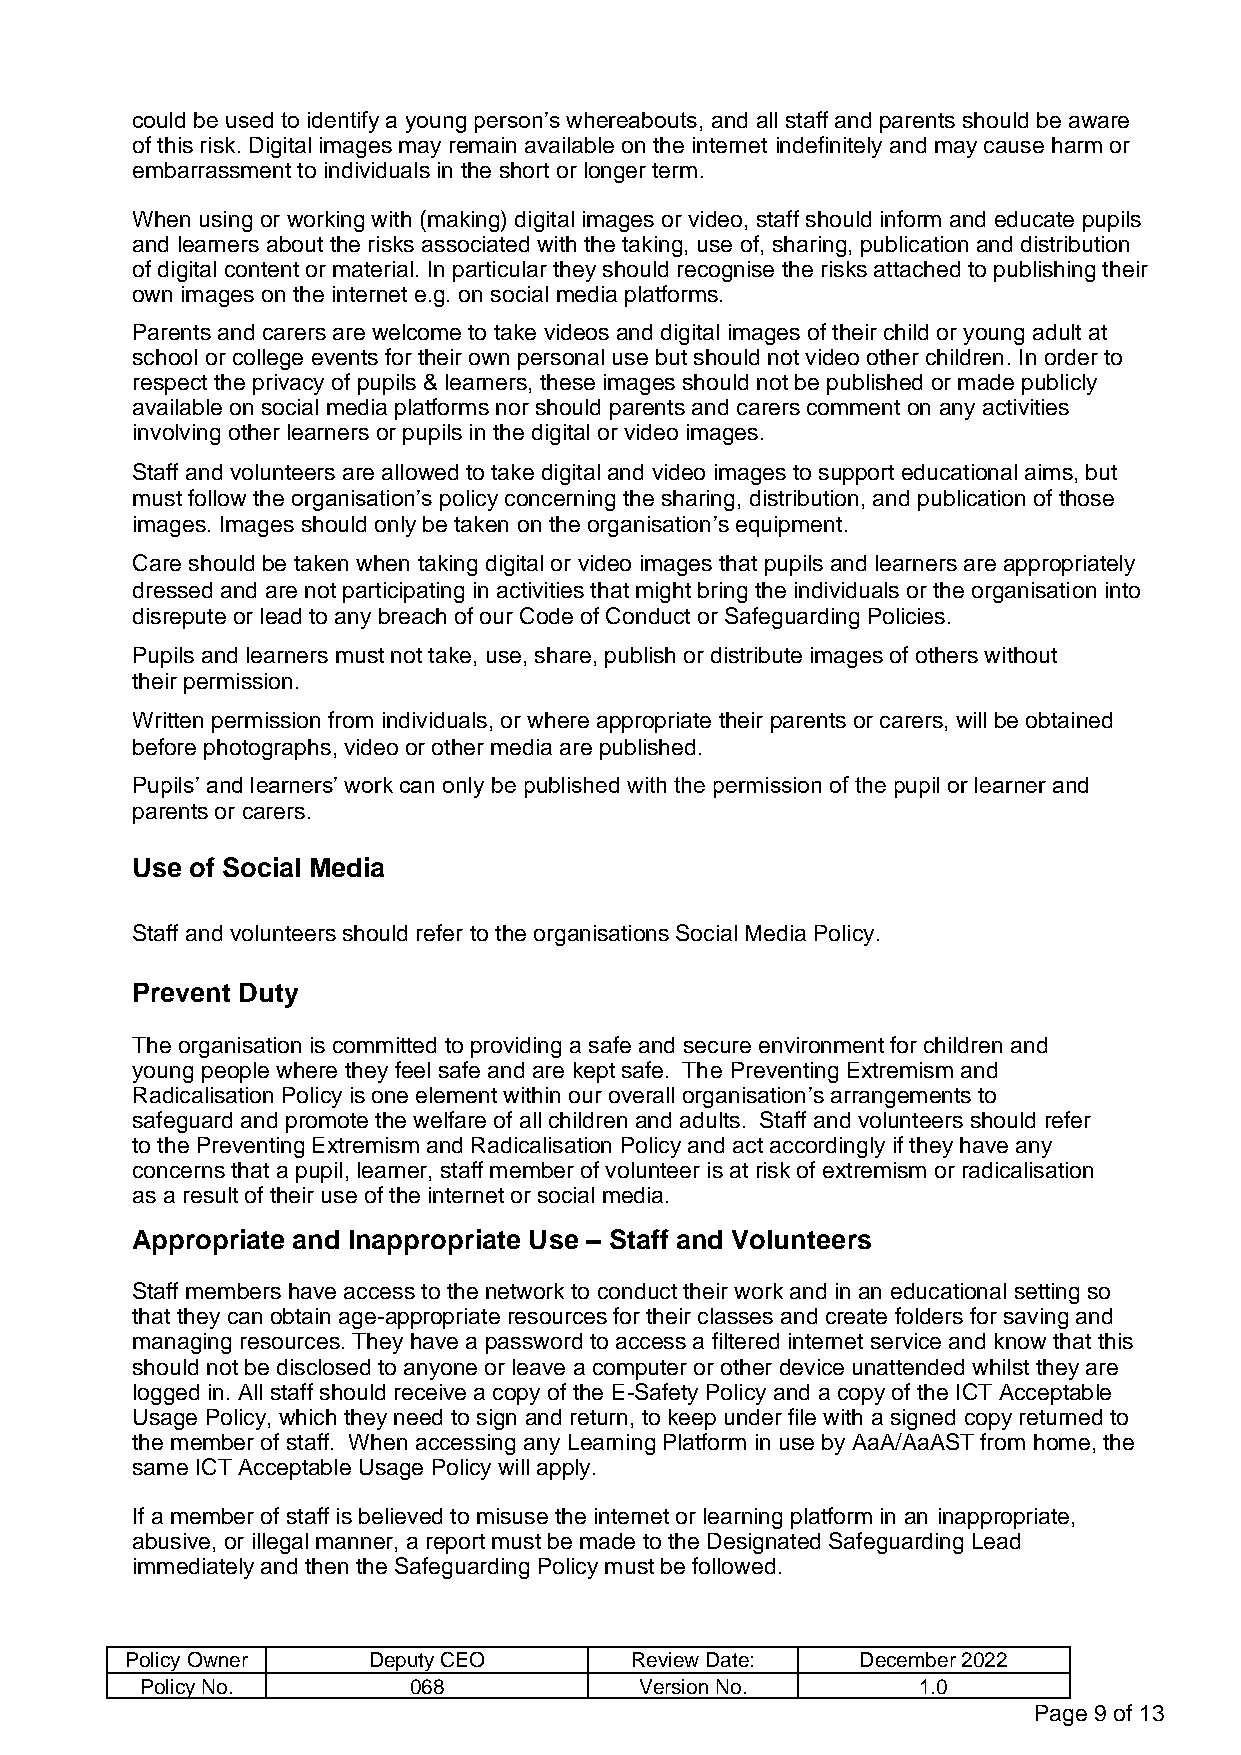
could be used to identify a young person’s whereabouts, and all staff and parents should be aware
 of this risk. Digital images may remain available on the internet indefinitely and may cause harm or
 embarrassment to individuals in the short or longer term.
 When using or working with (making) digital images or video, staff should inform and educate pupils
 and learners about the risks associated with the taking, use of, sharing, publication and distribution
 of digital content or material. In particular they should recognise the risks attached to publishing their
 own images on the internet e.g. on social media platforms.
 Parents and carers are welcome to take videos and digital images of their child or young adult at
 school or college events for their own personal use but should not video other children. In order to
 respect the privacy of pupils & learners, these images should not be published or made publicly
 available on social media platforms nor should parents and carers comment on any activities
 involving other learners or pupils in the digital or video images.
 Staff and volunteers are allowed to take digital and video images to support educational aims, but
 must follow the organisation’s policy concerning the sharing, distribution, and publication of those
 images. Images should only be taken on the organisation’s equipment.
 Care should be taken when taking digital or video images that pupils and learners are appropriately
 dressed and are not participating in activities that might bring the individuals or the organisation into
 disrepute or lead to any breach of our Code of Conduct or Safeguarding Policies.
 Pupils and learners must not take, use, share, publish or distribute images of others without
 their permission.
 Written permission from individuals, or where appropriate their parents or carers, will be obtained
 before photographs, video or other media are published.
 Pupils’ and learners’ work can only be published with the permission of the pupil or learner and
 parents or carers.
 Use of Social Media
 Staff and volunteers should refer to the organisations Social Media Policy.
 Prevent Duty
 The organisation is committed to providing a safe and secure environment for children and
 young people where they feel safe and are kept safe. The Preventing Extremism and
 Radicalisation Policy is one element within our overall organisation’s arrangements to
 safeguard and promote the welfare of all children and adults. Staff and volunteers should refer
 to the Preventing Extremism and Radicalisation Policy and act accordingly if they have any
 concerns that a pupil, learner, staff member of volunteer is at risk of extremism or radicalisation
 as a result of their use of the internet or social media.
 Appropriate and Inappropriate Use – Staff and Volunteers
 Staff members have access to the network to conduct their work and in an educational setting so
 that they can obtain age-appropriate resources for their classes and create folders for saving and
 managing resources. They have a password to access a filtered internet service and know that this
 should not be disclosed to anyone or leave a computer or other device unattended whilst they are
 logged in. All staff should receive a copy of the E-Safety Policy and a copy of the ICT Acceptable
 Usage Policy, which they need to sign and return, to keep under file with a signed copy returned to
 the member of staff. When accessing any Learning Platform in use by AaA/AaAST from home, the
 same ICT Acceptable Usage Policy will apply.
 If a member of staff is believed to misuse the internet or learning platform in an inappropriate,
 abusive, or illegal manner, a report must be made to the Designated Safeguarding Lead
 immediately and then the Safeguarding Policy must be followed.
 Policy Owner    Deputy CEO        Review Date:   December 2022
 Policy No.        068            Version No.        1.0
 Page 9 of 13